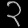
Digit: ၃